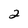
Character: 2